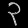
Digit: ၃